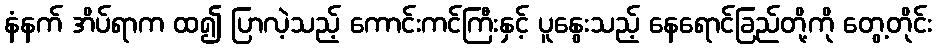
နံနက် အိပ်ရာက ထ၍ ပြာလဲ့သည့် ကောင်းကင်ကြီးနှင့် ပူနွေးသည့် နေရောင်ခြည်တို့ကို တွေ့တိုင်း